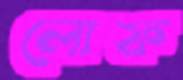
লোফ